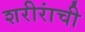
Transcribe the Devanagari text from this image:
शरीरांची